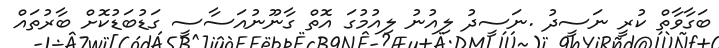
ބަގާވާތް ކުރީ ނަސީދު .ނަސީދު ލިއުނު ލިއުމުގަ އޮތް ގާނޫނުއަސާސީ ގަޑުބަޑުކޮށް ބާރުތައް